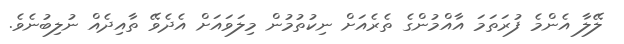
ލޭލާ އެންމެ ފުރަތަމަ އާއްމުންގެ ތެރެއަށް ނިކުތުމުން މިލަވައަށް އެދެވޭ ތާއިދެއް ނުލިބުނެވެ.